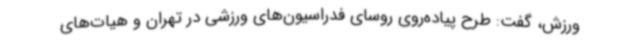
ورزش، گفت: طرح پیاده‌روی روسای فدراسیون‌های ورزشی در تهران و هیات‌های